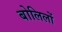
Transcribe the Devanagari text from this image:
बोलिलों